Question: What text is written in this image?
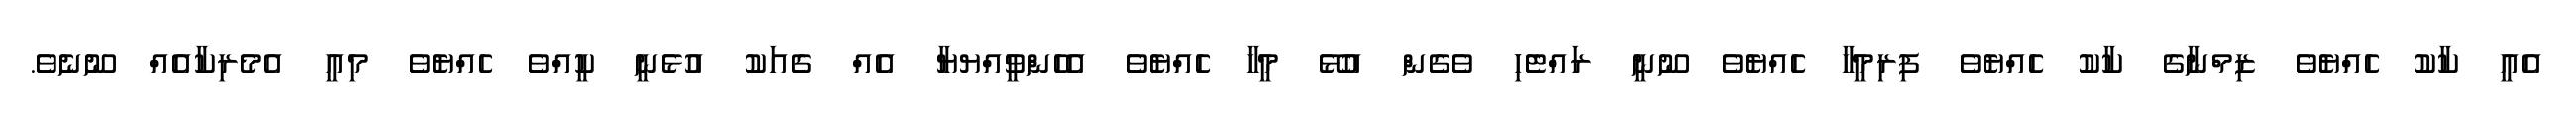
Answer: އެއީ ކާކު ހެއްޔެވެ ޒިމްނާގެ ކާކު ހެއްޔެވެ ފިރިމީހާ ހެއްޔެވެ ނޫނީ ރައްޓެހި ވެގެން އުޅޭ މީހާ ހެއްޔެވެ އެހެންވީއްޔޔާ އެއް ގެއަކު އުޅެނީ ކީއްވެ ހެއްޔެވެ މިއީ އެމެރިކާއެއް ނޫނެވެ.